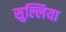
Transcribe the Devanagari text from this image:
सुल्लिया